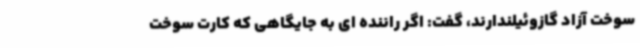
سوخت آزاد گازوئیلندارند، گفت: اگر راننده ای به جایگاهی که کارت سوخت